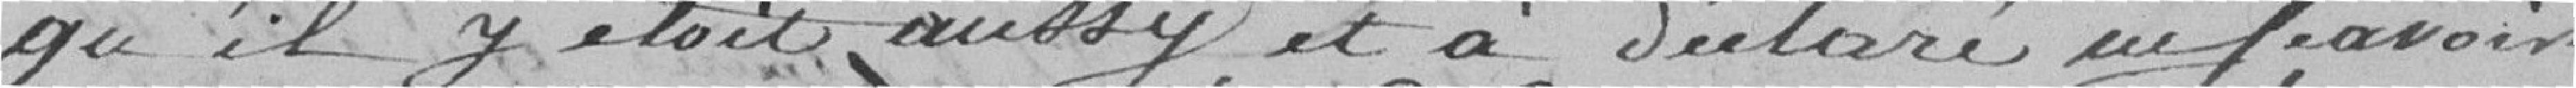
qu'il y était aussy et a déclaré en savoir